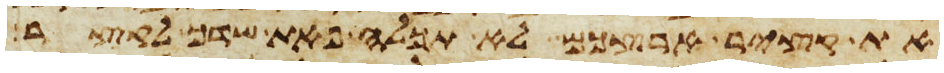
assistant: את קציר ארצכם לא תכלה פאת שדך לקצר